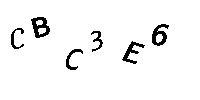
CBC3E6